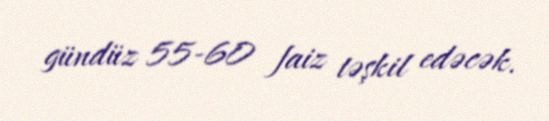
gündüz 55-60 faiz təşkil edəcək.